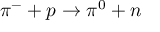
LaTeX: \pi ^ { - } + p \rightarrow \pi ^ { 0 } + n